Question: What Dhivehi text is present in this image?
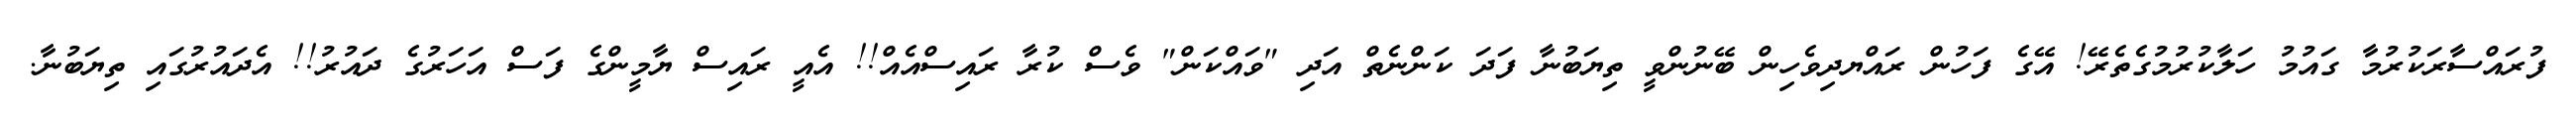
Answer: ފުރައްސާރަކުރުމާ ގައުމު ހަލާކުރުމުގެތެރޭ! އޭގެ ފަހުން ރައްޔދިވެހިން ބޭނުންވީ ތިޔަބުނާ ފަދަ ކަންނެތް އަދި "ވައްކަން" ވެސް ކުރާ ރައިސްއެއް!! އެއީ ރައިސް ޔާމީންގެ ފަސް އަހަރުގެ ދައުރު!! އެދައުރުގައި ތިޔަބުނާ.